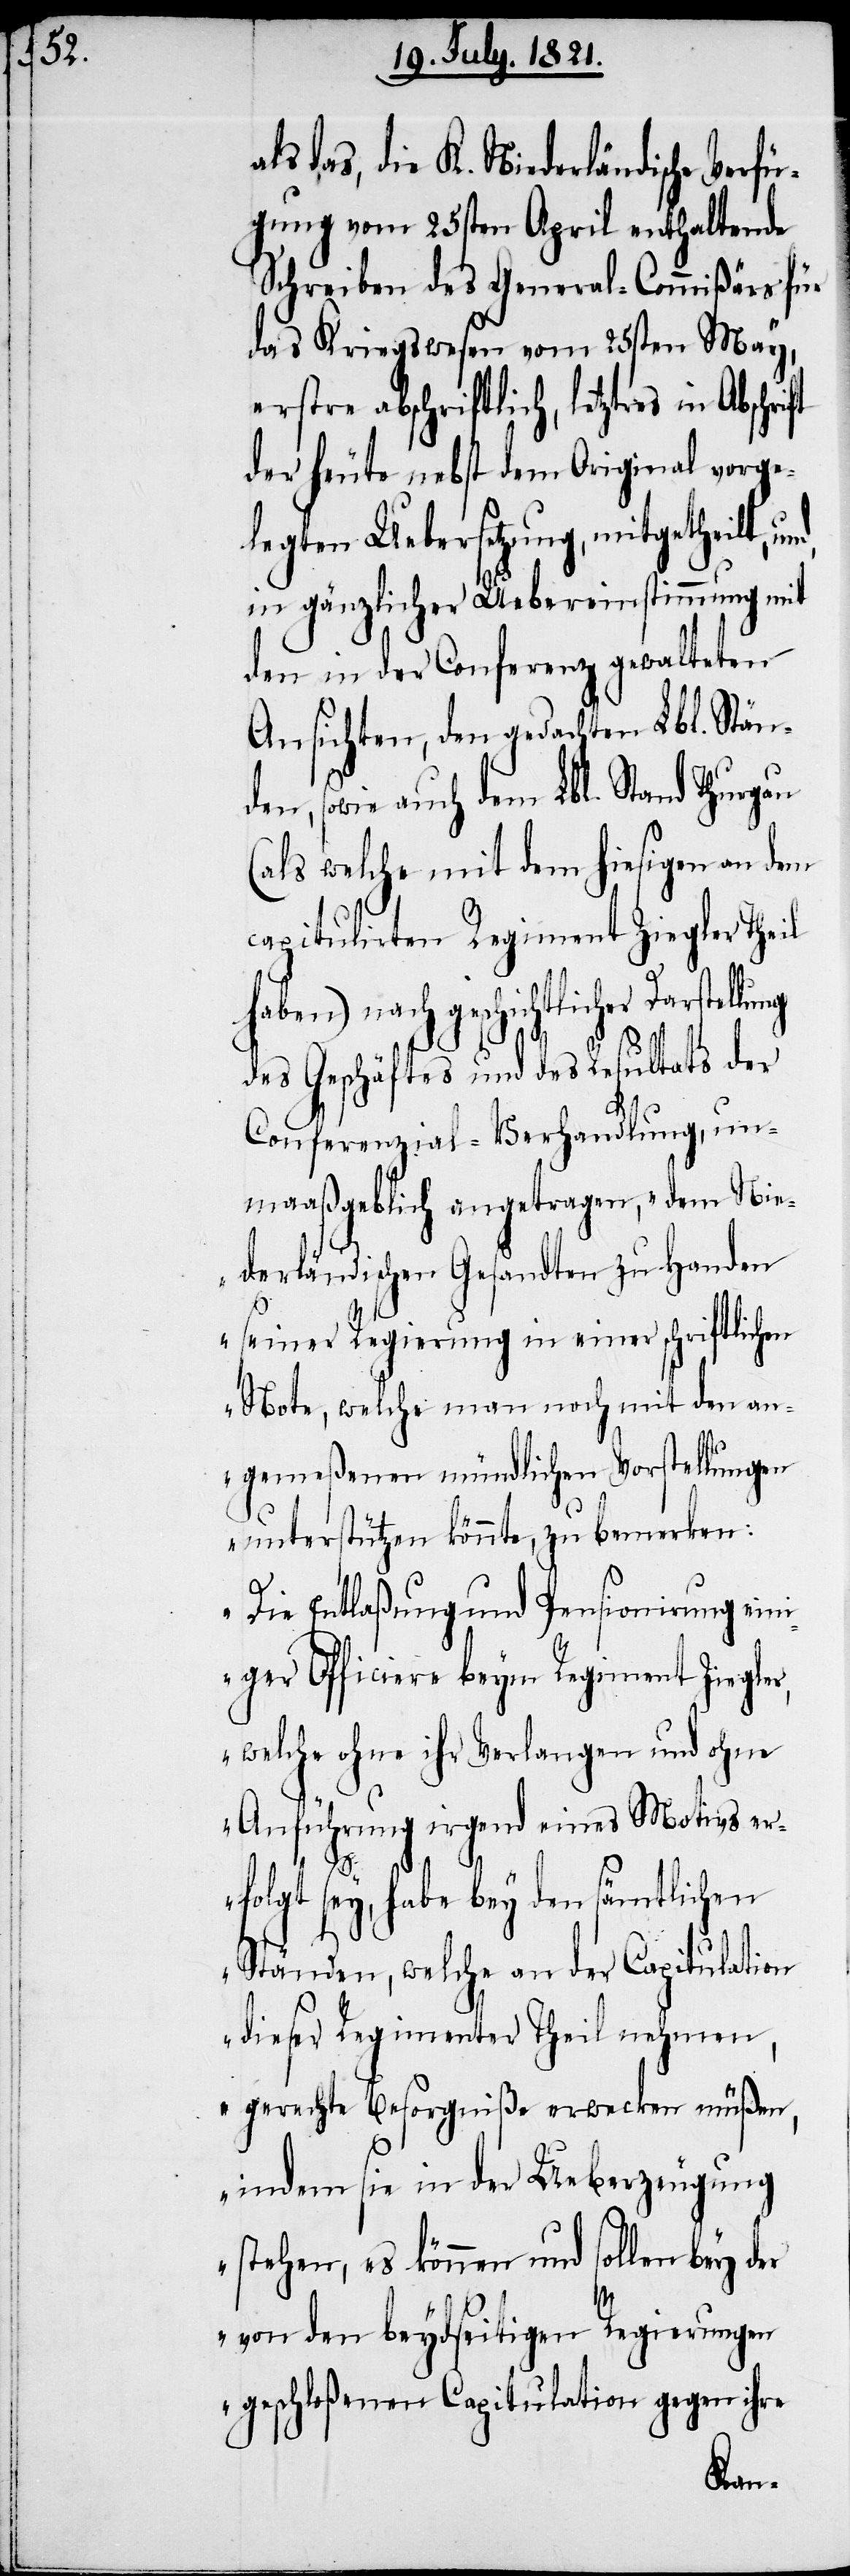
(a¬

als das, die K. Niederländische Verfü¬
gung vom 25sten April enthaltende
Schreiben des General-Commißärs für
das Kriegswesen vom 25sten May,
erstre abschriftlich, letztres in
der heute nebst dem Original vorge¬
legten Uebersetzung, mitgetheilt,
in gänzlicher Uebereinstimmung mit
den in der Conferenz gewalteten
Ansichten, den gedachten Lbl. Stän¬
den, sowie auch dem Lbl. Stand Thurgau
ls welche mit dem hiesigen an dem
capitulirten Regiment Ziegler Theil
haben) nach geschichtlicher
des Geschäftes und des Resultats der
Conferenzial-Verhandlung, un¬
maaßgeblich angetragen, „dem Nie¬
derländischen Gesandten zu Handen
seiner Regierung in einer schriftlichen
Note, welche man noch mit den an¬
gemeßenen mündlichen Vorstellungen
unterstützen könnte, zu bemerken:
Die Entlaßung und Pensionirung ein¬
iger Officiere beym Regiment Ziegler,
welche ohne ihr Verlangen und ohne
Anführung irgend eines Motivs er¬
folgt sey, habe bey den sämtlichen
Ständen, welche an der Capitulation
dieser Regimenter Theil nehmen,
gerechte Besorgniß erwecken müßen,
indem sie in der Ueberzeugung
stehen, es können und sollen bey der
von den beydseitigen Regierungen
geschloßenen Capitulation gegen ihre